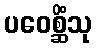
ပဝေစ္ဆိံသု